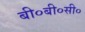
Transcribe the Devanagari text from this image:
बी०बी०सी०